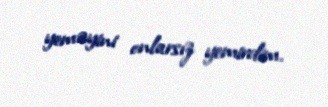
yeməyini onlarsız yemirdim.